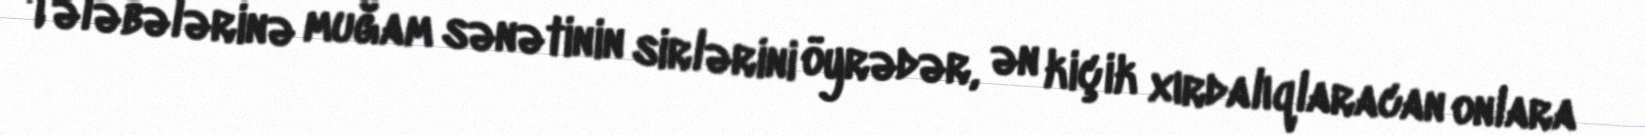
Tələbələrinə muğam sənətinin sirlərini öyrədər, ən kiçik xırdalıqlaracan onlara